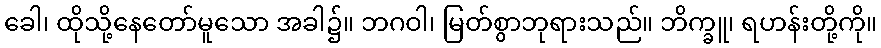
ခေါ၊ ထိုသို့နေတော်မူသော အခါ၌။ ဘဂဝါ၊ မြတ်စွာဘုရားသည်။ ဘိက္ခူ၊ ရဟန်းတို့ကို။